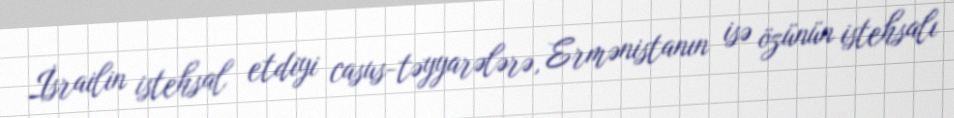
İsrailin istehsal etdiyi casus-təyyarələrə, Ermənistanın isə özünün istehsalı